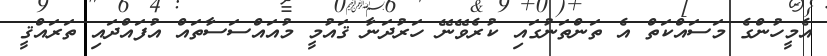
އެމީހުންގެ މަސައްކަތް އެ ތަންތަނުގައި ކުރެވޭނޭ ހަރުދަނާ ޤައުމީ މުއައްސަސާތައް އުފައްދައި ތަރައްޤީ